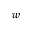
w